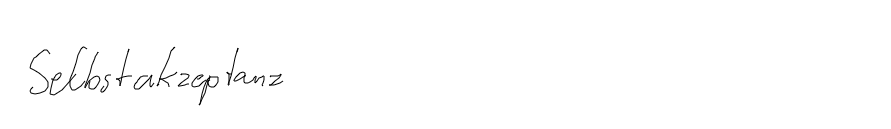
Selbstakzeptanz